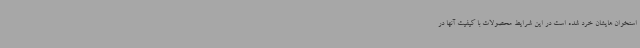
استخوان هایشان خرد شده است در این شرایط محصولات با کیفیت آنها در